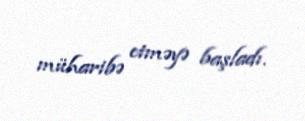
müharibə etməyə başladı.